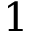
1